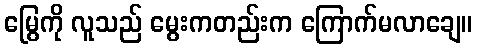
မြွေကို လူသည် မွေးကတည်းက ကြောက်မလာချေ။